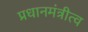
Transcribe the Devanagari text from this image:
प्रधानमंत्रीत्व